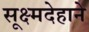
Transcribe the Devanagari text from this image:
सूक्ष्मदेहाने